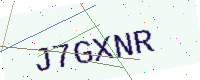
Text: J7GXNR